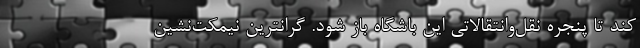
کند تا پنجره نقل‌وانتقالاتی این باشگاه باز شود. گرانترین نیمکت‌نشین